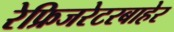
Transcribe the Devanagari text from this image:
रेफ्रिजरेटरबाहेर